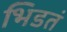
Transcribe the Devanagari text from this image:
भिडतं